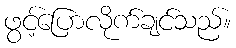
ဖွင့်ပြောလိုက်ချင်သည်။